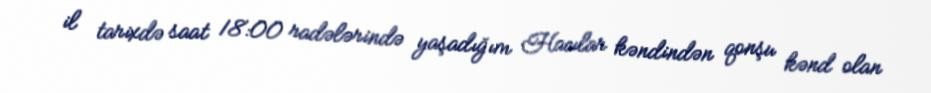
il tarixdə saat 18:00 radələrində yaşadığım Hacılar kəndindən qonşu kənd olan